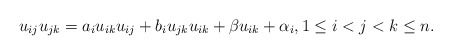
\begin{gather*}u_{ij} u_{jk} =a_i u_{ik} u_{ij} + b_i u_{jk} u_{ik} + \beta u_{ik} +\alpha_i, 1 \le i < j < k \le n.\end{gather*}